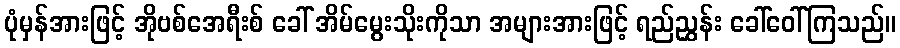
ပုံမှန်အားဖြင့် အိုဗစ်အေရီးစ် ခေါ် အိမ်မွေးသိုးကိုသာ အများအားဖြင့် ရည်ညွှန်း ခေါ်ဝေါ်ကြသည်။